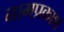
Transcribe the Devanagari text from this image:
नामप्रकाश